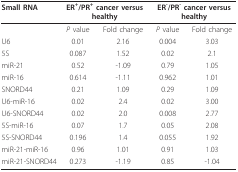
| Small RNA | <COLSPAN=2> ER+/PR+ cancer versus healthy | <COLSPAN=2> ER-/PR- cancer versus healthy |
 | --- | --- | --- | --- | --- |
 |  | P value | Fold change | P value | Fold change |
 | U6 | 0.01 | 2.16 | 0.004 | 3.03 |
 | 5S | 0.087 | 1.52 | 0.02 | 2.1 |
 | miR-21 | 0.52 | -1.09 | 0.79 | 1.05 |
 | miR-16 | 0.614 | -1.11 | 0.962 | 1.01 |
 | SNORD44 | 0.21 | 1.09 | 0.29 | 1.09 |
 | U6-miR-16 | 0.02 | 2.4 | 0.02 | 3.00 |
 | U6-SNORD44 | 0.02 | 2.0 | 0.008 | 2.77 |
 | 5S-miR-16 | 0.07 | 1.7 | 0.05 | 2.08 |
 | 5S-SNORD44 | 0.196 | 1.4 | 0.055 | 1.92 |
 | miR-21-miR-16 | 0.96 | 1.01 | 0.91 | 1.03 |
 | miR-21-SNORD44 | 0.273 | -1.19 | 0.85 | -1.04 |